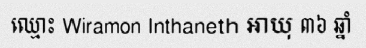
ឈ្មោះ Wiramon Inthaneth អាយុ ៣៦ ឆ្នាំ